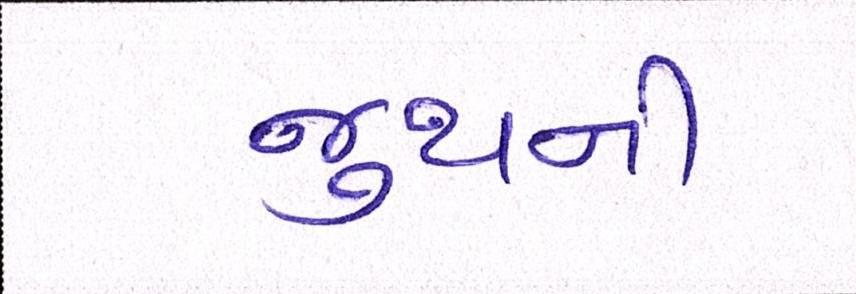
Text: જુથની